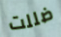
ضللت